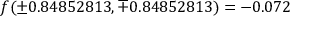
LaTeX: f ( \pm 0 . 8 4 8 5 2 8 1 3 , \mp 0 . 8 4 8 5 2 8 1 3 ) = - 0 . 0 7 2